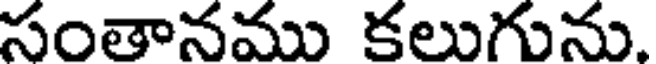
సంతానము కలుగును.